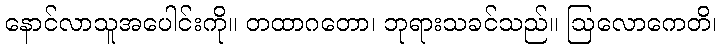
နောင်လာသူအပေါင်းကို။ တထာဂတော၊ ဘုရားသခင်သည်။ ဩလောကေတိ၊